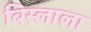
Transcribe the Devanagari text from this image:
बिस्लाला